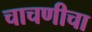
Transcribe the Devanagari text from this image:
चाचणीचा